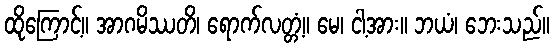
ထိုကြောင့်။ အာဂမိဿတိ၊ ရောက်လတ္တံ့။ မေ၊ ငါ့အား။ ဘယံ၊ ဘေးသည်။